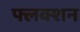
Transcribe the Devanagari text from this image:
फ्लक्शन